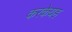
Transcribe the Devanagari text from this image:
करकेयह